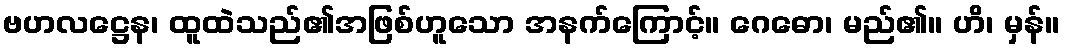
ဗဟလဋ္ဌေန၊ ထူထဲသည်၏အဖြစ်ဟူသော အနက်ကြောင့်။ ဂေဓော၊ မည်၏။ ဟိ၊ မှန်။